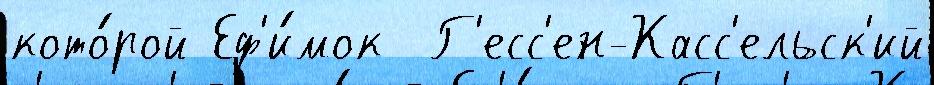
кото́рой Еф'и́мок  Г'есс'ен-Касс'ельск'ий